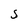
Character: S